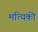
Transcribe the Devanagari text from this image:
मत्यिकी